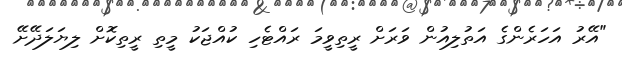
"އޭރު އަހަރެންގެ އަތުލިއުން ވަރަށް ރީތިވީމަ ރައްޓެހި ކުއްޖަކު މީތި ރީތިކޮށް ލިޔަލަދޭށޭ